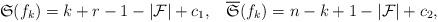
LaTeX: \begin{align*} \mathfrak{S}(f_k)= k+r-1-|\mathcal{F}|+c_1,\,\,\,\,\,\overline{\mathfrak{S}}(f_k)= n-k+1-|\mathcal{F}|+c_2, \end{align*}